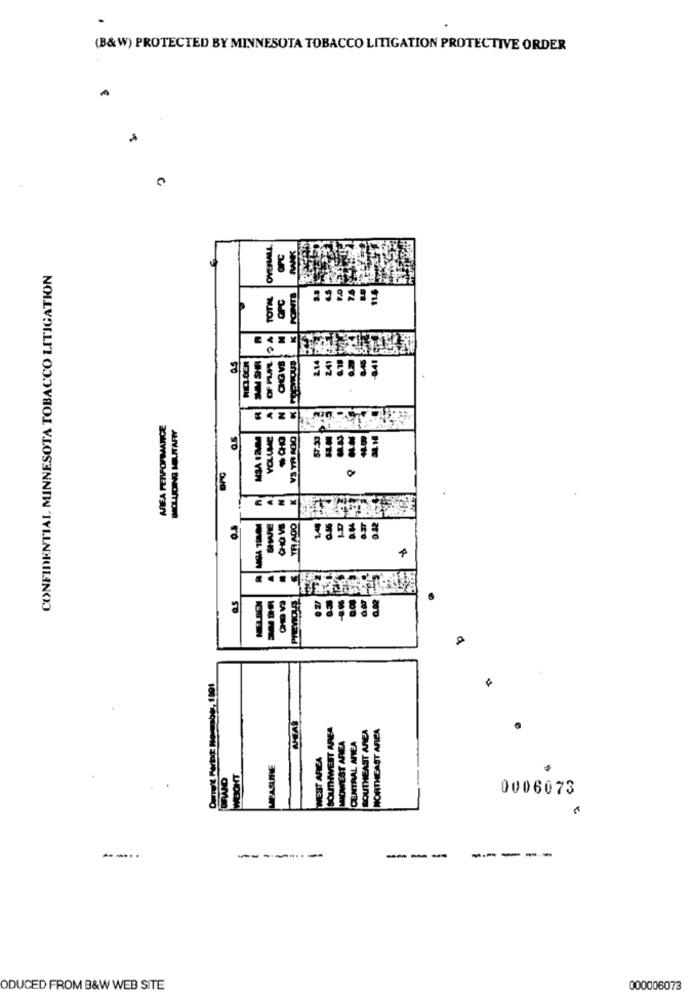
(B&W) PROTECTED BY MINNESOTA TOBACCO LITIGATION PROTECTIVE ORDER
CONFIDENTIAL, MINNESOTA TOBACCO LITIGATION
TIRRENO
AREA PERFORMANCE
VOLUME
O
OON MA SA
5 8
GI
100
EAST AREA
0006073
---
----
---
-------
ODUCED FROM B&W WEB SITE
000006073